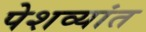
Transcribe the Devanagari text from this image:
पेशव्यांत